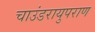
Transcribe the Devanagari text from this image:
चाउंडरायुपराण